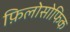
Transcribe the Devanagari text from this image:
फ़िलोसोफिक